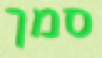
סמך